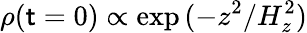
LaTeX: \rho(\mathsf{t}=0)\propto\exp{(-z^{2}/H_{z}^{2})}